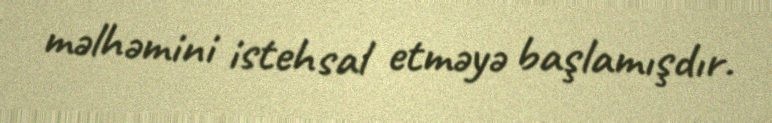
məlhəmini istehsal etməyə başlamışdır.